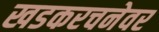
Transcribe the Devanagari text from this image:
खडकरचनेवर